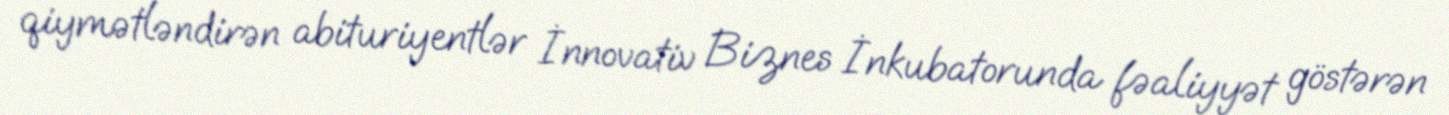
qiymətləndirən abituriyentlər İnnovativ Biznes İnkubatorunda fəaliyyət göstərən